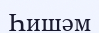
Һишәм